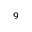
^ { 9 }